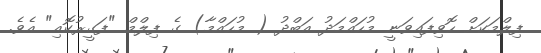
ފިލްމަކަށް ހޮވިފައިވަނީ މުހައްމަދު އަބްދު ( މުހައްމާ) ގެ ފިލްމް "ފަގީރުކޮއި" އެވެ.